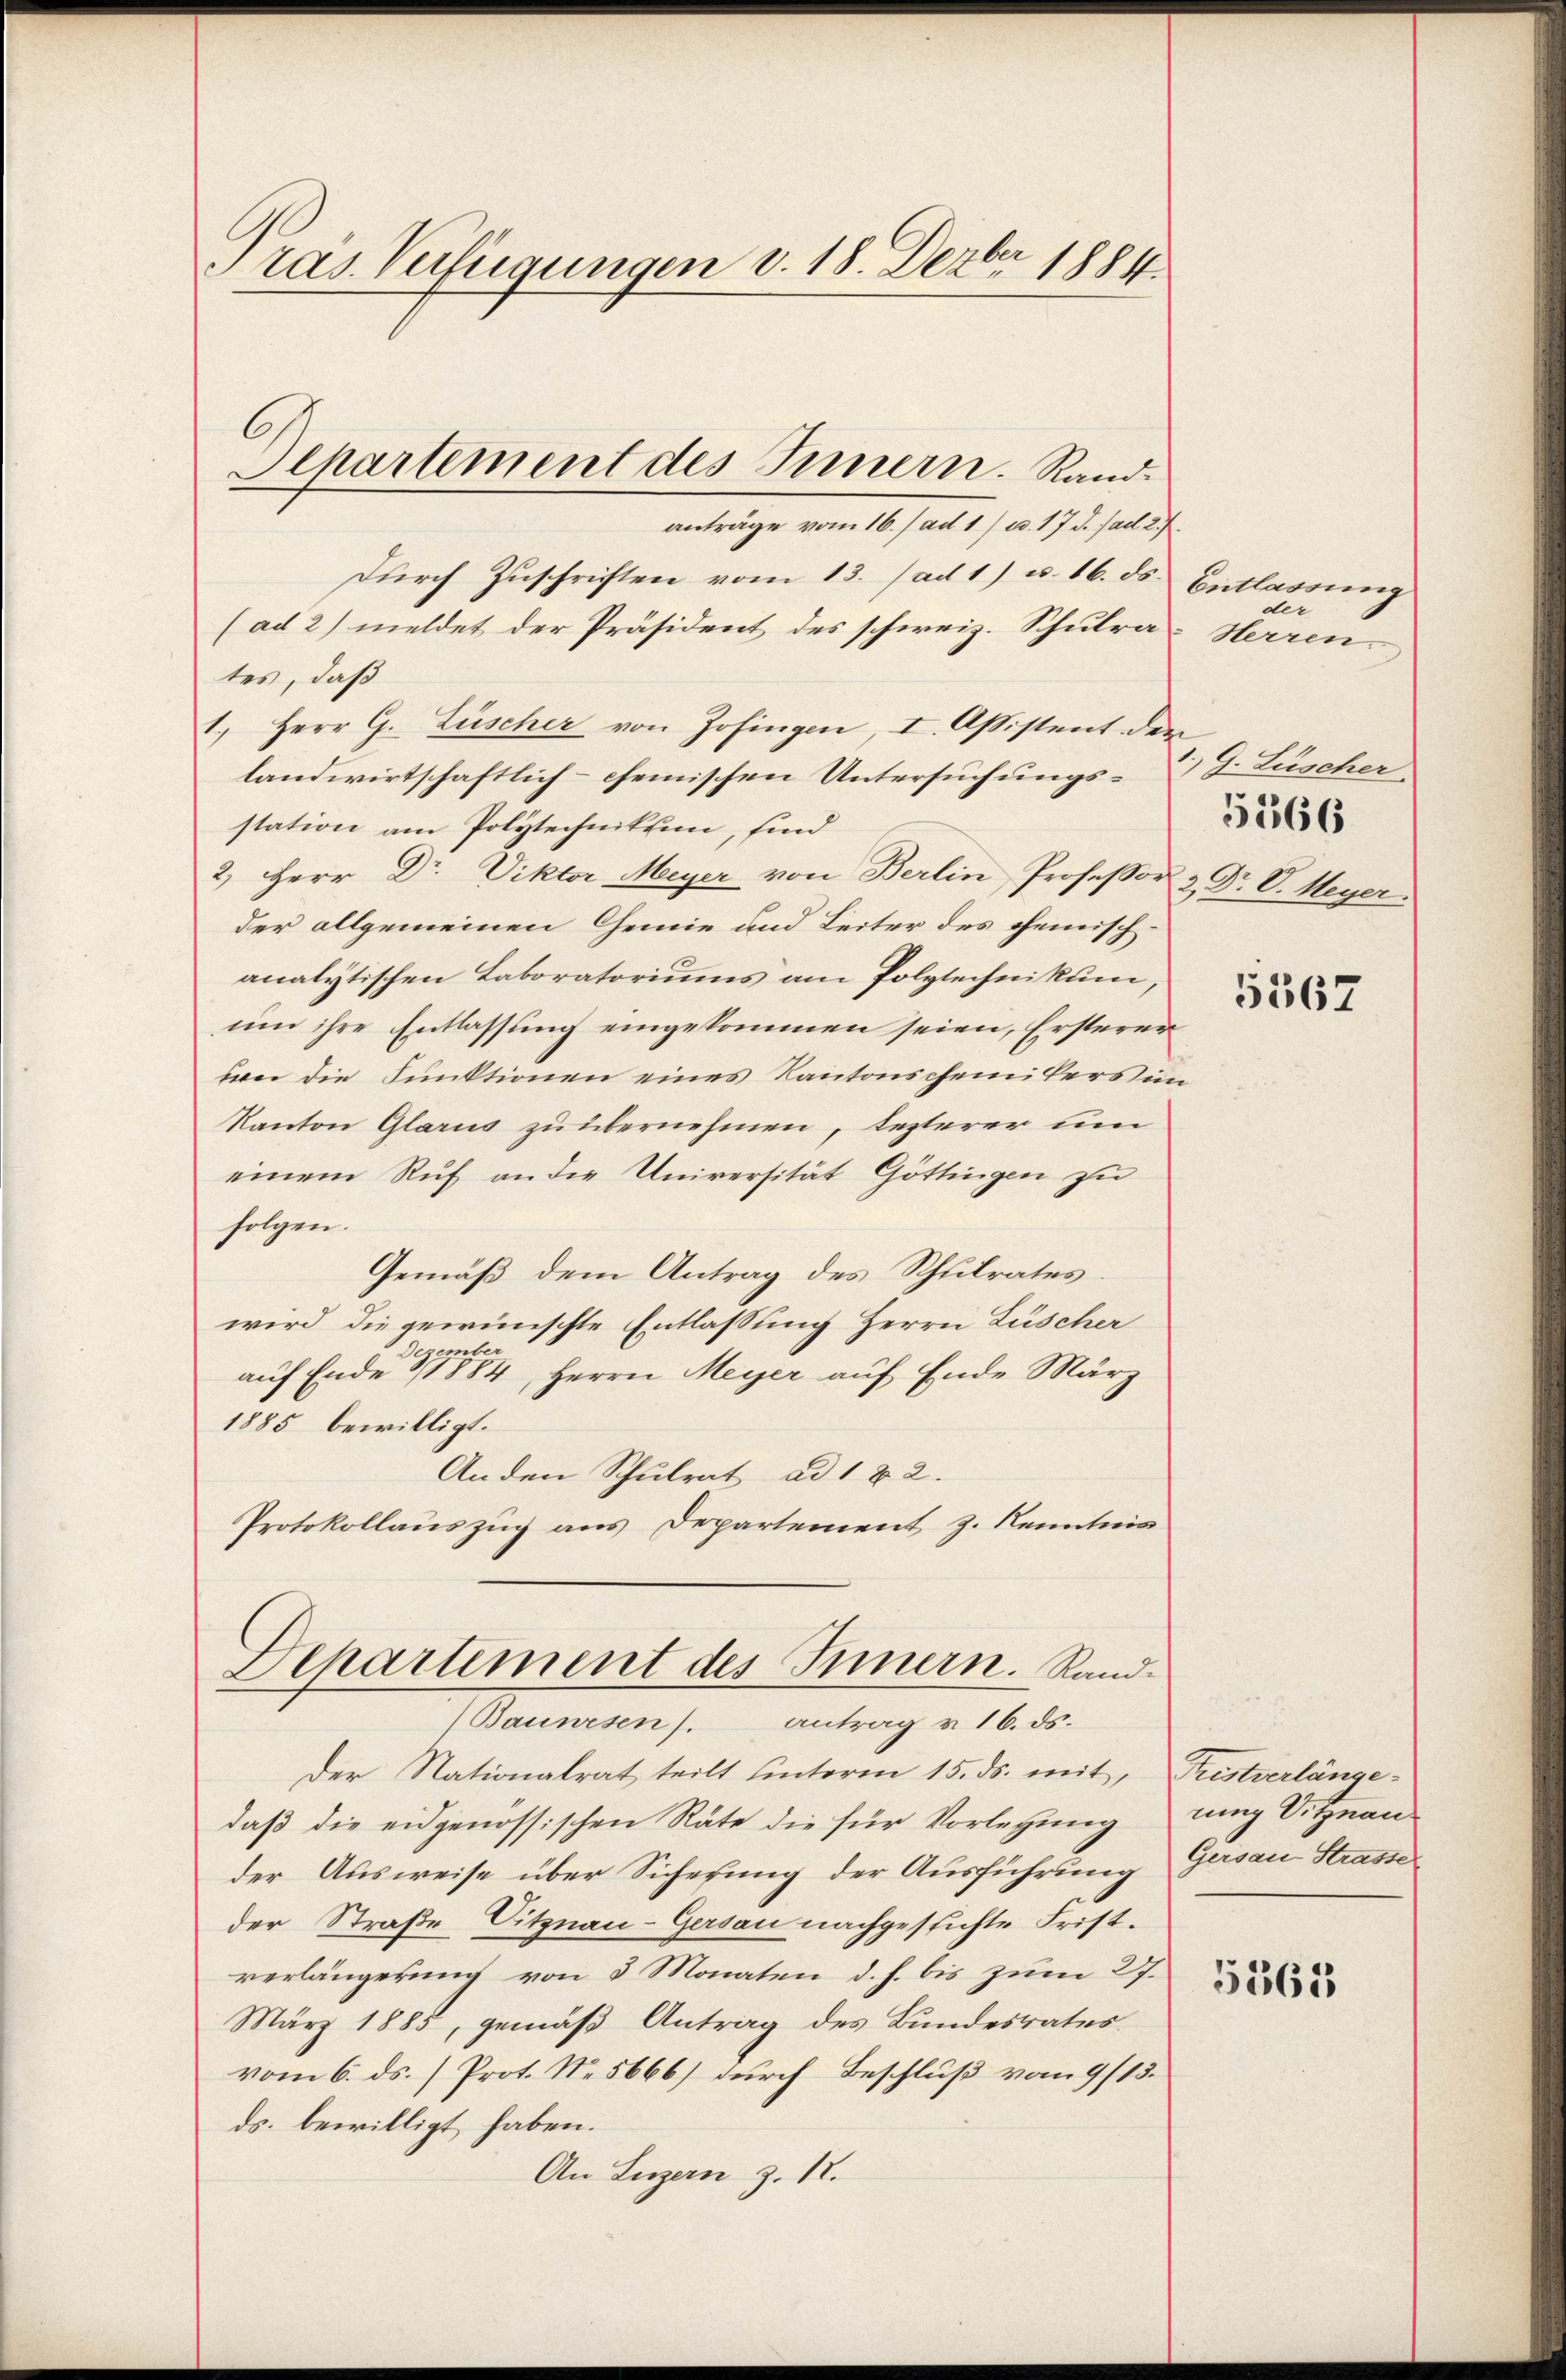
Tras Verfügungen v. 18. Dezbr 1884.

Durch Zuschriften vom 13. ad 1) u. 16. ds.
(ad 2) meldet der Präsident des schweiz. Schulrates, daß
1.) Herr G. Lüscher von Zofingen, I. Aßistent der
landwirtschaftlich- chemischen Untersuchungsstation am Polytechnikum, sind
2) Herr Dr. Viktor Meyer von Berlin, Professor
der allgemeinen Chemie und Leiter des chemischanalytischen Laboratoriums am Polytechnikum,
um ihre Entlassung eingekommen seien, Ersterer
wer die Funktionen eines Kantonscheinikers in
Kanton Glarus zu übernehmen, lezterer un
einem Ruf an die Universität Göttingen zu
folgen.
Gemäß dem Antrag des Schulrates.
wird die gewünschte Entlassung Herrn Luscher
Dezember
auf Ende & 1884, Herrn Meyer auf Ende März
1885 bewilligt.
Anden Schulrat ad 1 & 2.
Protokollauszug aus Departement z. Kenntnis

Alhartement des Innern. Randanträge vom 16./ ad 1) u. 17 d. ad 2.)

Departement des Innern. Rand¬
(Bauwesen). Antrag u. 16. ds.

Der Nationalrat teilt unterm 15. ds. mit, Fristverlängedaß die eidgenössischen Räte die für Vorlegung
der Ausweise über Sicherung der Ausführung
der Straße Sitznau-Gersau nachgestichte Fristverlängerung von 3 Monaten d. h. bis zum 27.
März 1885, gemäß Antrag des Bundesrates.
vom 6. ds. Prot. No. 5666) durch Beschluß vom 9/13.
ds. bewilligt haben.
An Luzern z. 1.

Entlassung
der
Herren
G. Lüscher.
5566
2, Dr. V. Meyer.

u

5567

rung Sitznau
Gersau Strasse

5363